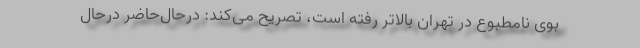
بوی نامطبوع در تهران بالاتر رفته است، تصریح می‌کند: درحال‌حاضر درحال